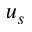
u _ { s }